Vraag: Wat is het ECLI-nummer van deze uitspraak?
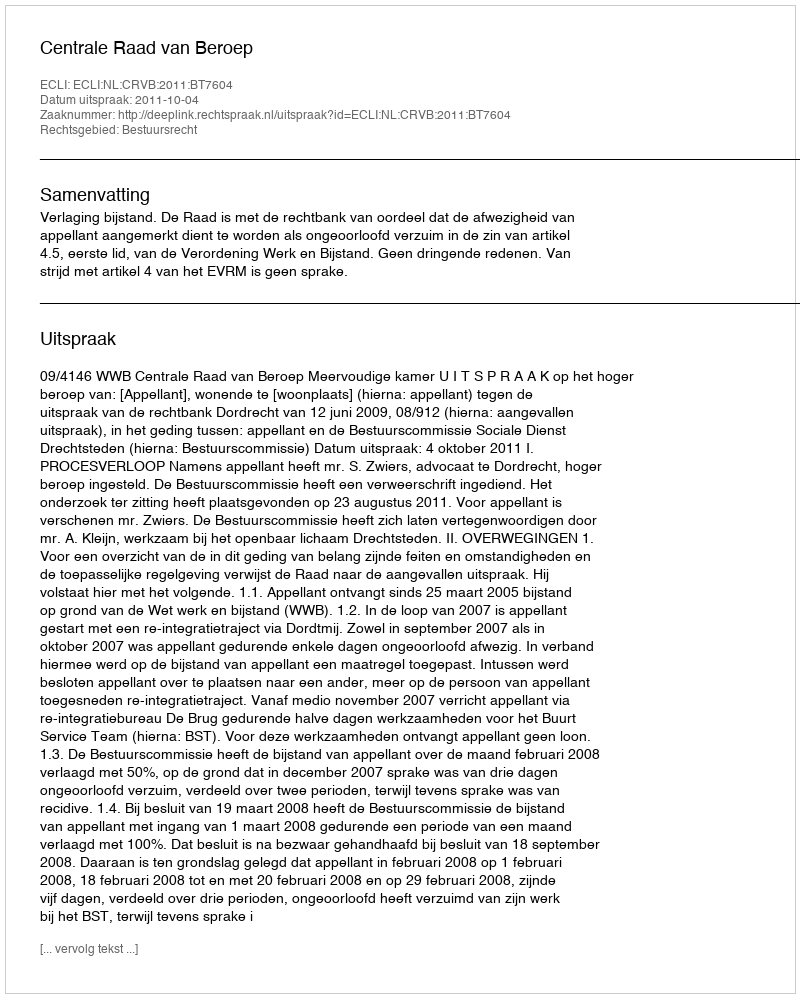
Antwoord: ECLI:NL:CRVB:2011:BT7604